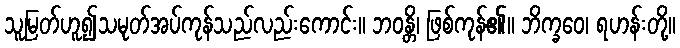
သူမြတ်ဟူ၍သမုတ်အပ်ကုန်သည်လည်းကောင်း။ ဘဝန္တိ၊ ဖြစ်ကုန်၏။ ဘိက္ခဝေ၊ ရဟန်းတို့။